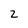
Character: 2